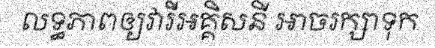
លទ្ធភាពឲ្យវារីអគ្គិសនី អាចរក្សាទុក